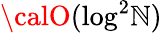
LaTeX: {\calO}(\log^{2}\! \mathbb{N})